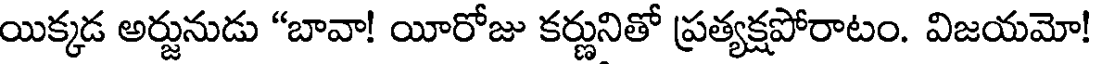
యిక్కడ అర్జునుడు "బావా! యీరోజు కర్ణునితో ప్రత్యక్షపోరాటం. విజయమో!